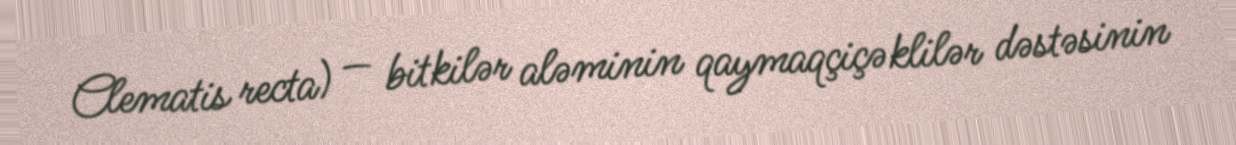
Clematis recta) — bitkilər aləminin qaymaqçiçəklilər dəstəsinin